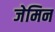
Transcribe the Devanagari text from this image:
जेमिन